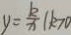
y = \frac { k } { x } ( k > 0 )